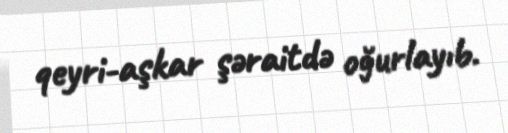
qeyri-aşkar şəraitdə oğurlayıb.